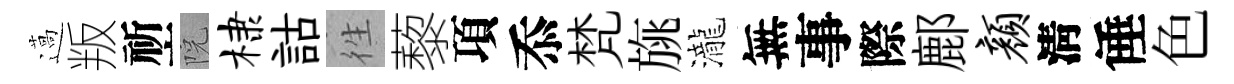
薖叛祈院棣詁徃藜項忝梵旐瀧無事際鄜颜淸倕色